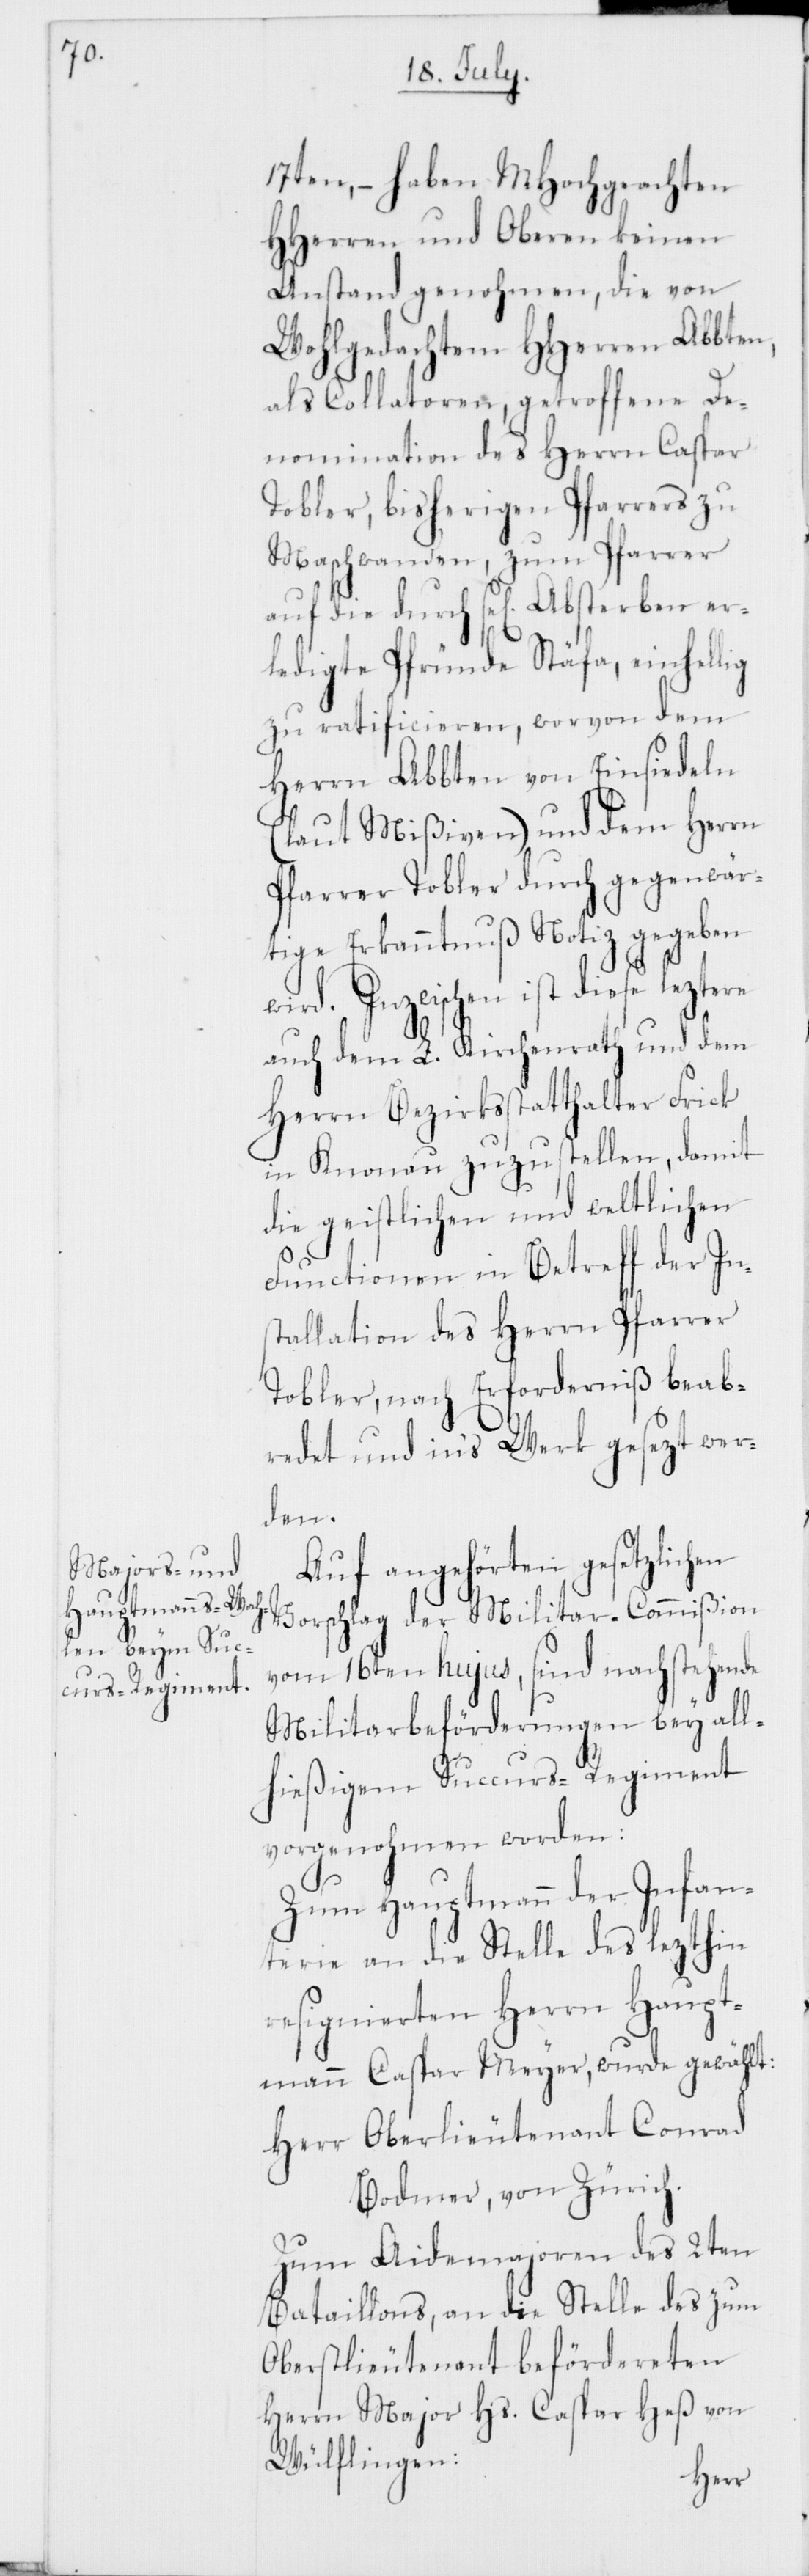
17ten, – haben MHochgeachten
HHerren und Oberen keinen
Anstand genohmen, die von
Wohlgedachtem HHerren Abbten,
als Collatoren, getroffene De¬
nomination des Herrn Caspar
Tobler, bisherigen Pfarrers zu
Maschwanden, zum Pfarrer
auf die durch sel. Absterben er¬
ledigte Pfründe Stäfa, einhellig
zu ratificieren, wovon dem
Herrn Abbten von Einsiedeln
(laut Mißiven) und dem Herrn
Pfarrer Tobler durch gegenwär¬
tige Erkanntnuß Notiz gegeben
wird. Inzwischen ist diese leztere
auch dem L. Kirchenrathe und dem
Herrn Bezirksstatthalter Frick
in Knonau zuzustellen, damit
die geistlichen und weltlichen
Functionen in Betreff der In¬
stallation des Herrn Pfarrer
Tobler, nach Erforderniß beab¬
redet und ins Werk gesezt wer¬
den.
Auf angehörten gesetzlichen
Vorschlag der Militar-Commißion
vom 16ten hujus, sind nachstehende
Militarbeförderungen bey all¬
hießigem Succurs-Regiment
vorgenohmen worden:
Zum Hauptmann der Infan¬
terie an die Stelle des lezthin
resignierten Herrn Haupt¬
mann Caspar Meyer wurde gewählt:
Herr Oberlieutenant Conrad
Bodmer von Zürich.
Zum Aidemajoren des 2ten
Bataillons, an die Stelle des zum
Oberstlieutenant befördereten
Herrn Major Hs. Caspar Heß von
Wülflingen: